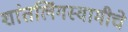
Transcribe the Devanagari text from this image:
शांतलिंगस्वामीचे